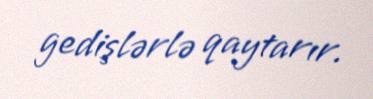
gedişlərlə qaytarır.